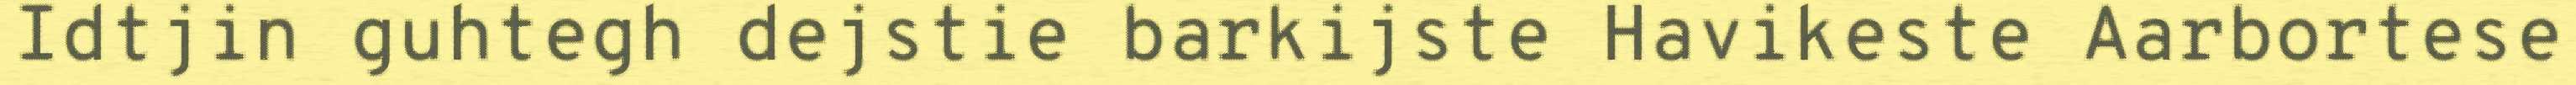
Idtjin guhtegh dejstie barkijste Havikeste Aarbortese